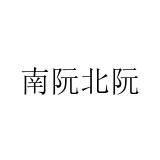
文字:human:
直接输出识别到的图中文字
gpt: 南阮北阮